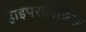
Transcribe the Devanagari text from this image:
हाइपरलिंकिङ्